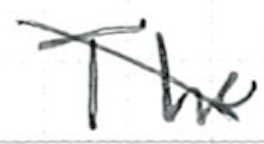
Text: The
Cross-out: diagonal
Writing tool: ballpoint